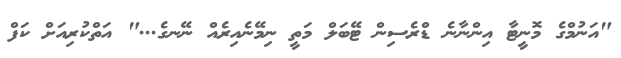
"އަނުމްގެ މޮނީޓާ އިންނާނެ ޑްރެސިން ޓޭބަލް މަތީ ނިމޭނެއިރެއް ނޭނގެ..." އަތްކުރިއަށް ކަފް